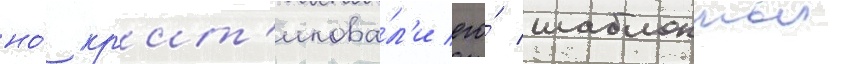
но́ кр'ит'икова́л'и его́ шаблонныи